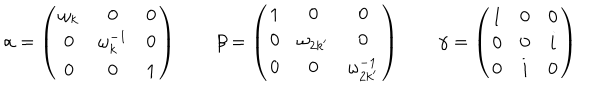
LaTeX: \alpha = \left( \begin{array} { c c c } { { \omega _ { k } } } & { { 0 } } & { { 0 } } \\ { { 0 } } & { { \omega _ { k } ^ { - 1 } } } & { { 0 } } \\ { { 0 } } & { { 0 } } & { { 1 } } \\ \end{array} \right) ~ ~ \beta = \left( \begin{array} { c c c } { { 1 } } & { { 0 } } & { { 0 } } \\ { { 0 } } & { { \omega _ { 2 k ^ { \prime } } } } & { { 0 } } \\ { { 0 } } & { { 0 } } & { { \omega _ { 2 k ^ { \prime } } ^ { - 1 } } } \\ \end{array} \right) ~ ~ \gamma = \left( \begin{array} { c c c } { { 1 } } & { { 0 } } & { { 0 } } \\ { { 0 } } & { { 0 } } & { { i } } \\ { { 0 } } & { { i } } & { { 0 } } \\ \end{array} \right)